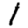
Digit: 1